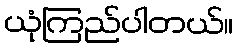
ယုံကြည်ပါတယ်။